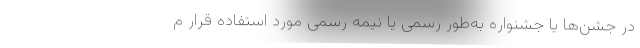
در جشن‌ها یا جشنواره به‌طور رسمی یا نیمه رسمی مورد استفاده قرار م